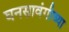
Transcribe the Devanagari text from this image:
घनसावंगीच्या